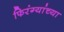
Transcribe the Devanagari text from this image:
फिरंग्यांच्या